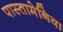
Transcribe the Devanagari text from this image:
पास्तामेनिया